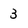
Character: 3